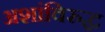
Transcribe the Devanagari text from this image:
अशांविरुद्ध